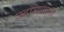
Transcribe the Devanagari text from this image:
उवासगदसा